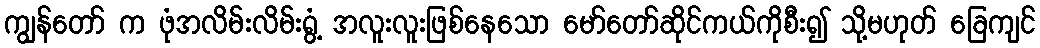
ကျွန်တော် က ဖုံအလိမ်းလိမ်းရွံ့ အလူးလူးဖြစ်နေသော မော်တော်ဆိုင်ကယ်ကိုစီး၍ သို့မဟုတ် ခြေကျင်